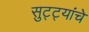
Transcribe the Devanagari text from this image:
सुट्ट्यांचे